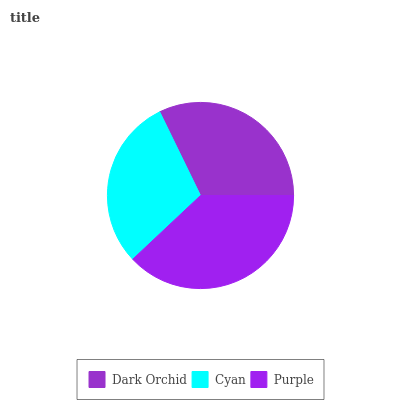
| Dark Orchid | Cyan | Purple |
 | --- | --- | --- |
 | 32.2% | 29.8% | 38.1% |